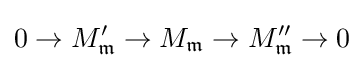
0\to M'_{\mathfrak {m}}\to M_{\mathfrak {m}}\to M''_{\mathfrak {m}}\to 0